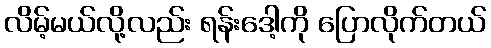
လိမ့်မယ်လို့လည်း ရန်းဒေါ့ကို ပြောလိုက်တယ်